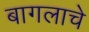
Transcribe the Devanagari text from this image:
बागलाचे